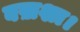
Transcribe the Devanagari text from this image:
बख़शा।